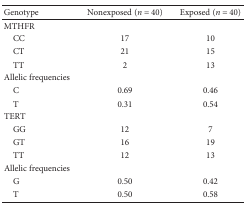
<table><thead><tr><td><b>Genotype</b></td><td><b>Nonexposed (<i>n</i> = 40)</b></td><td><b>Exposed (<i>n</i> = 40)</b></td></tr></thead><tbody><tr><td>MTHFR</td><td></td><td></td></tr><tr><td> CC</td><td>17</td><td>10</td></tr><tr><td> CT</td><td>21</td><td>15</td></tr><tr><td> TT</td><td>2</td><td>13</td></tr><tr><td>Allelic frequencies</td><td></td><td></td></tr><tr><td> C</td><td>0.69</td><td>0.46</td></tr><tr><td> T</td><td>0.31</td><td>0.54</td></tr><tr><td>TERT</td><td></td><td></td></tr><tr><td> GG</td><td>12</td><td>7</td></tr><tr><td> GT</td><td>16</td><td>19</td></tr><tr><td> TT</td><td>12</td><td>13</td></tr><tr><td>Allelic frequencies</td><td></td><td></td></tr><tr><td> G</td><td>0.50</td><td>0.42</td></tr><tr><td> T</td><td>0.50</td><td>0.58</td></tr></tbody></table>